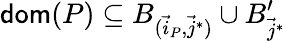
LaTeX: \mathsf{dom}(P)\subseteq B_{(\vec{i}_{P},\vec{j}^{*})}\cup B_{\vec{j}^{*}}^{\prime}